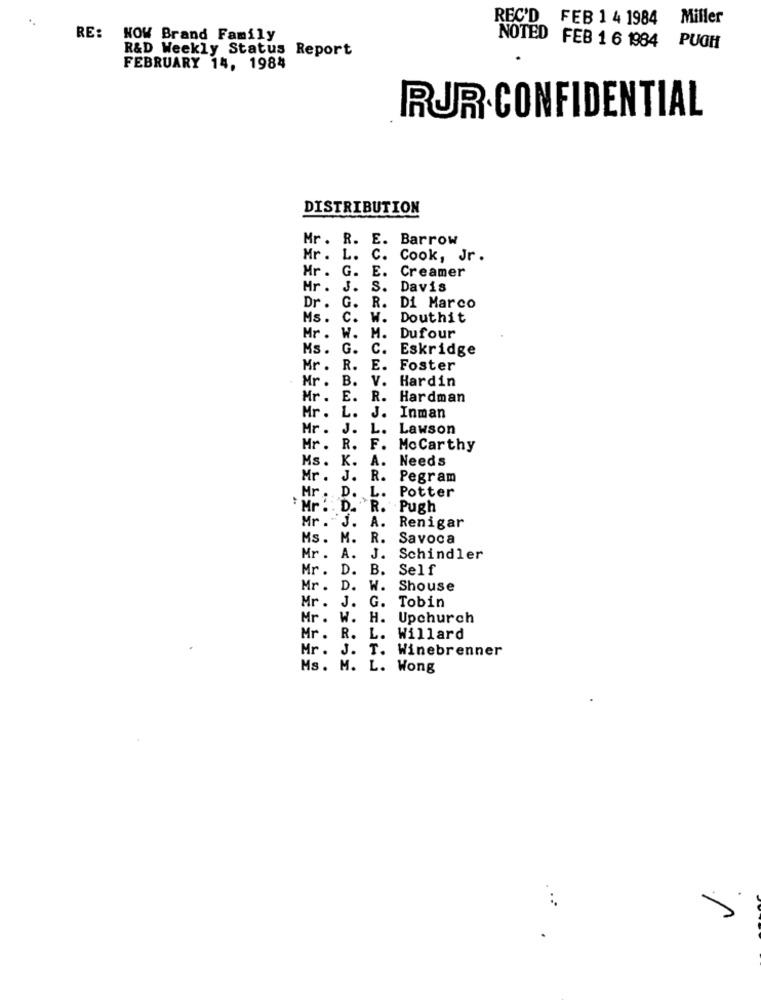
*.
REC'D FEB 1 4 1984 Miller
RE: NOW Brand Family
R&D Weekly Status Report
NOTED FEB 1 6 1984 PUGH
FEBRUARY 14, 1984
RUR CONFIDENTIAL
DISTRIBUTION
Mr. R.
E. Barrow
Mr . L.
C. Cook, Jr.
Mr . G. E.
Creamer
Mr. J.
S.
Davis
R.
Dr .
G.
Di Marco
Ms. C.
W.
Douthit
Mr . W.
M.
Dufour
Ms. G.
C. Eskridge
Mr . R.
E. Foster
Mr .
B.
V. Hardin
Mr .
E.
R. Hardman
Mr. L.
J. Inman
Mr .
J.
L.
Lawson
Mr. R.
F. MoCarthy
Ms. K.
A.
Needs
Mr . .
R. Pegram
L.
Potter
Mr . D.
* Mr .
. .
D.
R.
. Pugh
Mr . j.
A. Renigar
Ms. M.
R. Savoca
Mr . A.
J.
Schindler
Mr. D. B.
Self
Mr. I
D.
W.
Shouse
J.
G.
Mr .
Tobin
Mr . W.
H.
Upchurch
R.
Mr .
L.
Willard
Mr .
J.
T
Winebrenner
Ms. M. L. Wong
/